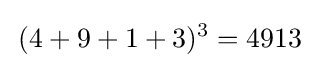
\,(4+9+1+3)^{3}=4913